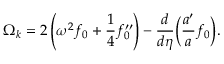
\Omega _ { { k } } = 2 \left( \omega ^ { 2 } f _ { 0 } + \frac { 1 } { 4 } f _ { 0 } ^ { \prime \prime } \right) - \frac { d } { d \eta } \bigg ( \frac { a ^ { \prime } } { a } f _ { 0 } \bigg ) .